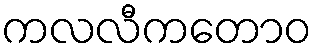
ကလလီကတောဝ